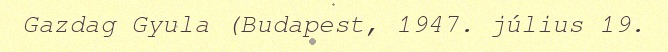
Gazdag Gyula (Budapest, 1947. július 19.